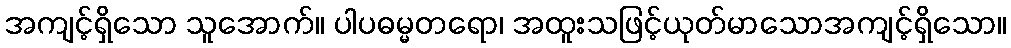
အကျင့်ရှိသော သူအောက်။ ပါပဓမ္မတရော၊ အထူးသဖြင့်ယုတ်မာသောအကျင့်ရှိသော။